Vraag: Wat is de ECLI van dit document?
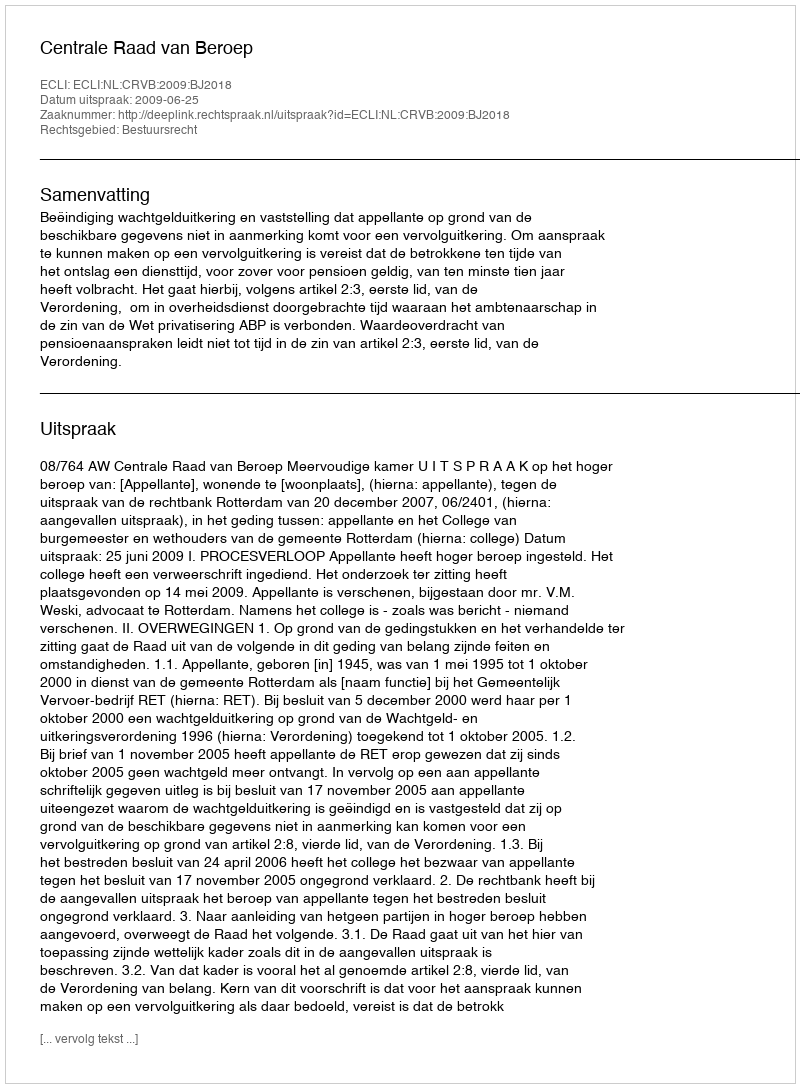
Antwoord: ECLI:NL:CRVB:2009:BJ2018